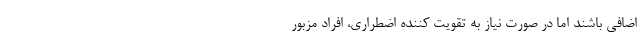
اضافی باشند اما در صورت نیاز به تقویت کننده اضطراری، افراد مزبور